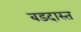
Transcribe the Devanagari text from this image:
बडदास्त